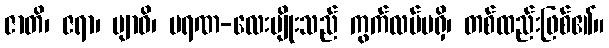
ဇာတိ၊ ဇရာ၊ ဗျာဓိ၊ မရဏ-လေးမျိုးသည် ကွက်လပ်မရှိ၊ တစ်ထည်းဖြစ်၏။